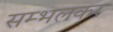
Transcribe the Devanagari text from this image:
सम्भलकर